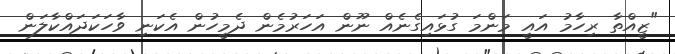
"ޒީއްތާ ރިހާމު އައީ މަންމަ ގުޅައިގެނެއް ނޫން އަހަރުމެން ދެމީހުން އެކަނި ވާހަކަދައްކާލަން